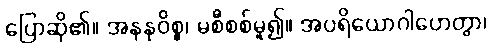
ပြောဆို၏။ အနနုဝိစ္စ၊ မစီစစ်မူ၍။ အပရိယောဂါဟေတွာ၊